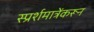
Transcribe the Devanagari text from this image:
स्प्रर्शमात्रेंकरून